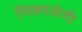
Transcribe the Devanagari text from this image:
निकालेगी